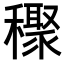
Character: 𥣙